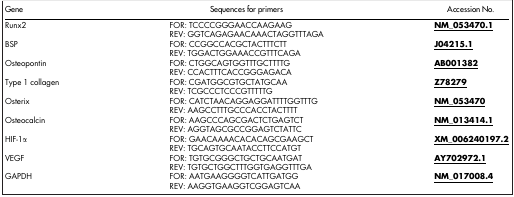
| Gene | Sequences for primers | Accession No. |
 | --- | --- | --- |
 | <ROWSPAN=2> Runx2 | FOR: TCCCCGGGAACCAAGAAG | <ROWSPAN=2> <underline>NM_053470.1</underline> |
 | REV: GGTCAGAGAACAAACTAGGTTTAGA |
 | <ROWSPAN=2> BSP | FOR: CCGGCCACGCTACTTTCTT | <ROWSPAN=2> <underline>J04215.1</underline> |
 | REV: TGGACTGGAAACCGTTTCAGA |
 | <ROWSPAN=2> Osteopontin | FOR: CTGGCAGTGGTTTGCTTTTG | <ROWSPAN=2> <underline>AB001382</underline> |
 | REV: CCACTTTCACCGGGAGACA |
 | <ROWSPAN=2> Type 1 collagen | FOR: CGATGGCGTGCTATGCAA | <ROWSPAN=2> <underline>Z78279</underline> |
 | REV: TCGCCCTCCCGTTTTTG |
 | <ROWSPAN=2> Osterix | FOR: CATCTAACAGGAGGATTTTGGTTTG | <ROWSPAN=2> <underline>NM_053470</underline> |
 | REV: AAGCCTTTGCCCACCTACTTTT |
 | <ROWSPAN=2> Osteocalcin | FOR: AAGCCCAGCGACTCTGAGTCT | <ROWSPAN=2> <underline>NM_013414.1</underline> |
 | REV: AGGTAGCGCCGGAGTCTATTC |
 | <ROWSPAN=2> HIF-1α | FOR: GAACAAAACACACAGCGAAGCT | <ROWSPAN=2> <underline>XM_006240197.2</underline> |
 | REV: TGCAGTGCAATACCTTCCATGT |
 | <ROWSPAN=2> VEGF | FOR: TGTGCGGGCTGCTGCAATGAT | <ROWSPAN=2> <underline>AY702972.1</underline> |
 | REV: TGTGCTGGCTTTGGTGAGGTTTGA |
 | <ROWSPAN=2> GAPDH | FOR: AATGAAGGGGTCATTGATGG | <ROWSPAN=2> <underline>NM_017008.4</underline> |
 | REV: AAGGTGAAGGTCGGAGTCAA |